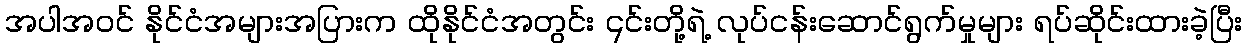
အပါအဝင် နိုင်ငံအများအပြားက ထိုနိုင်ငံအတွင်း ၎င်းတို့ရဲ့ လုပ်ငန်းဆောင်ရွက်မှုများ ရပ်ဆိုင်းထားခဲ့ပြီး